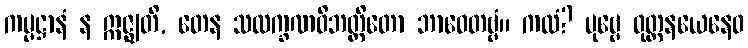
ကမ္မဋ္ဌာနံ န ဣဇ္ဈတိ, တေန သလက္ခဏဝိဘတ္တိတော ဘာဝေတဗ္ဗံ။ ကထံ? ပုဗ္ဗေ ဝုတ္တနယေနေဝ